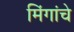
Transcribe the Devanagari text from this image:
मिंगांचे